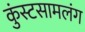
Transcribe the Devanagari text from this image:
कुंस्टसामलंग